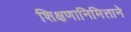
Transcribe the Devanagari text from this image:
शिक्षणानिमित्ताने